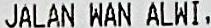
JALAN WAN ALWI,